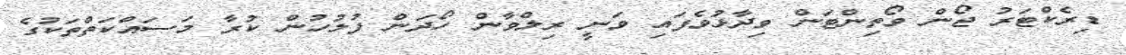
ޑިރެކްޓަރު ޖޯން ވޯތިންޓަން ވިދާޅުވެފައި ވަނީ ރިލްވާން ހޯދަން ފުލުހުން ކުރާ މަސައްކަތްތަކުގެ